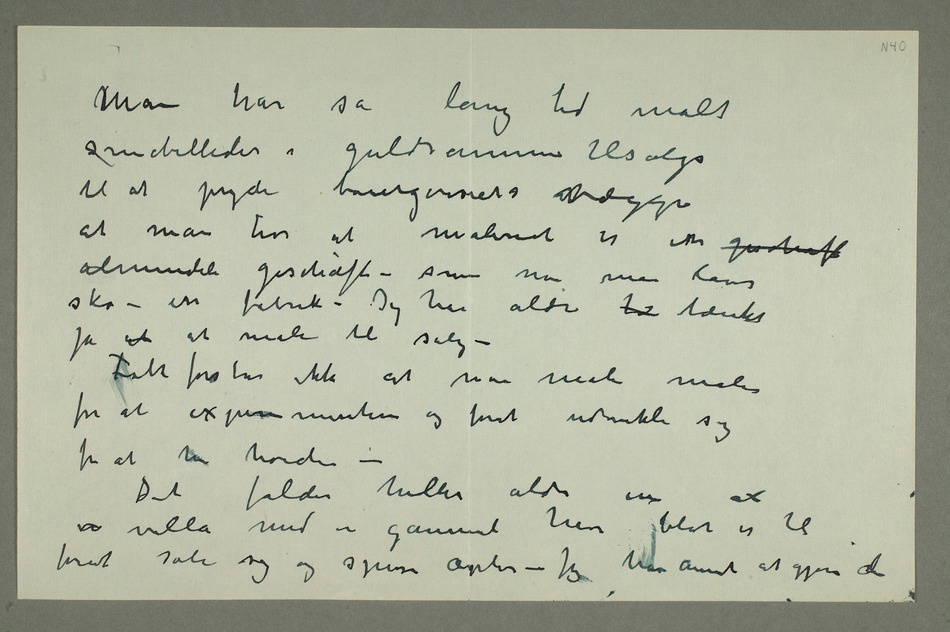
Man har så lang tid malt
småbilleder i guldrammer tilsalgs
til at pryde bourgeoisiets vægger
at man tror at maleriet er en geschaft
almindeli geschäft – som når man laver
sko i en fabrik – Jeg har aldri tæ tænkt
på at at male til salg –
Folk forstår ikke at man male maler
for at experimentere og forat udvikle sig
for at nå høiden
– Det falder heller aldri in
vien villa med en gammel have blot er til
forat sole sig og spise æpler – Jeg har annet at gjøre
der